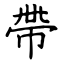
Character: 帶